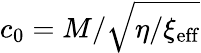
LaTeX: c_{0}=M/\sqrt{\eta/\xi_{\mathrm{eff}}}